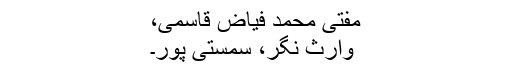
مفتی محمد فیاض قاسمی،
وارث نگر، سمستی پور۔